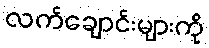
လက်ချောင်းများကို